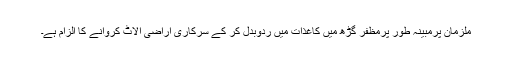
ملزمان پرمبینہ طور پرمظفر گڑھ میں کاغذات میں ردوبدل کر کے سرکاری اراضی الاٹ کروانے کا الزام ہے۔